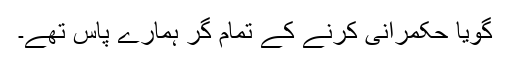
گویا حکمرانی کرنے کے تمام گُر ہمارے پاس تھے۔